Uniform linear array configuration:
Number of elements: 4
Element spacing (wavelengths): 1
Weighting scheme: cosine
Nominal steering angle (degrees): -45
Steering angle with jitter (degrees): -43.01
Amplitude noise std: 0.05
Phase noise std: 0.05

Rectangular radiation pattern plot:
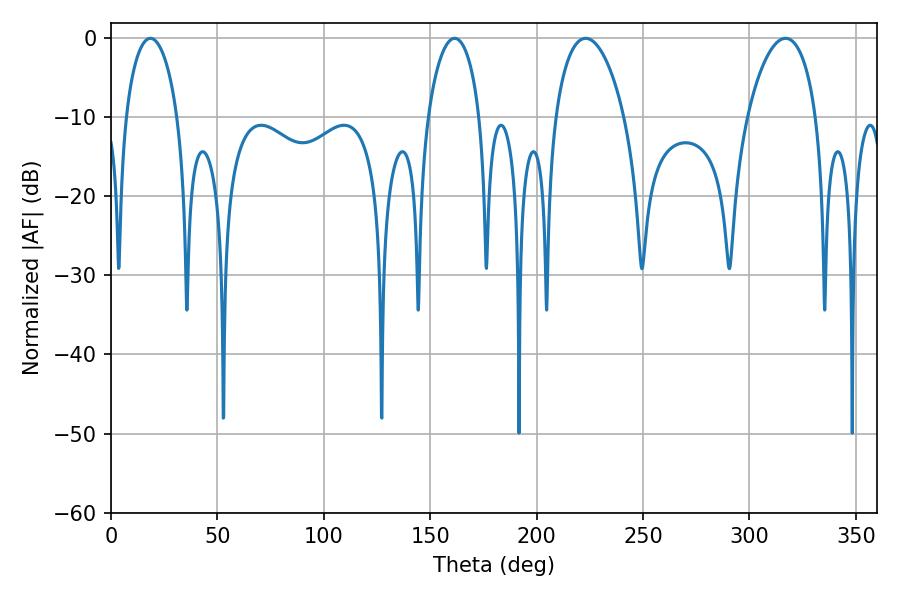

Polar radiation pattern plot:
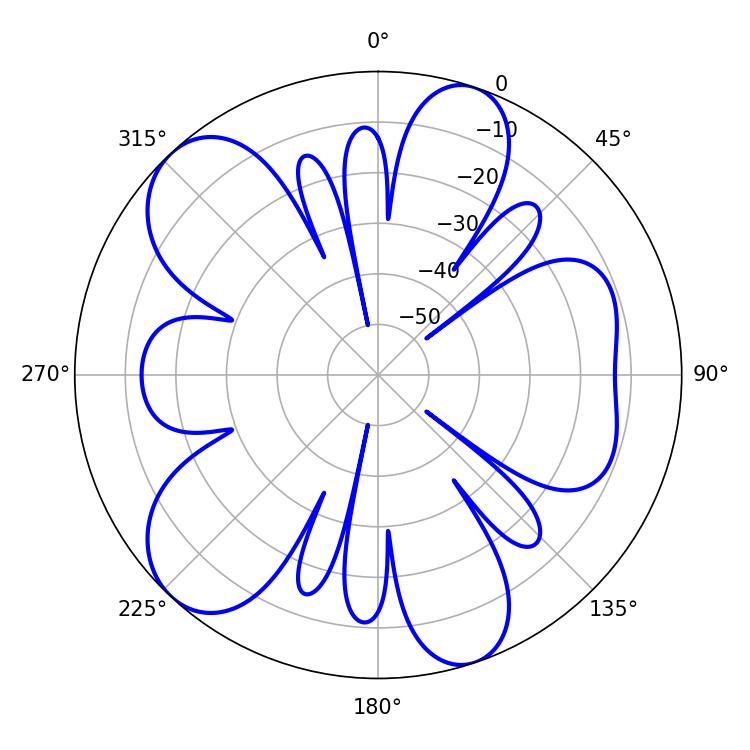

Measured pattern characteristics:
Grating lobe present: TRUE
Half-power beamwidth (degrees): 18.36
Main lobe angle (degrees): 223.02